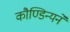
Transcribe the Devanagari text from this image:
कौण्डिन्यने